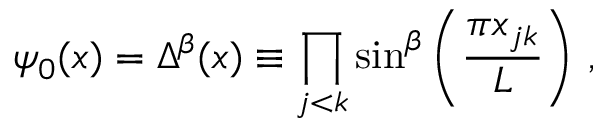
\psi _ { 0 } ( x ) = \Delta ^ { \beta } ( x ) \equiv \prod _ { j < k } \sin ^ { \beta } \left( \frac { \pi x _ { j k } } { L } \right) \, ,